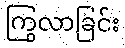
ကြွလာခြင်း